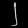
Digit: ၂